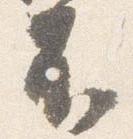
不